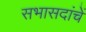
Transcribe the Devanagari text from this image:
सभासदांचें